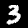
Label: 3